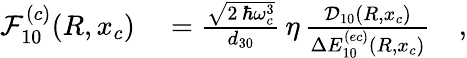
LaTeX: \begin{array}{rl}{\mathcal{F}_{10}^{(c)}(R,x_{c})}&{{}=\frac{\sqrt{2\, \hbar\omega_{c}^{3}}}{d_{30}}\, \eta\, \frac{\mathcal{D}_{10}(R,x_{c})}{\Delta E_{10}^{(ec)}(R,x_{c})}\quad,}\end{array}